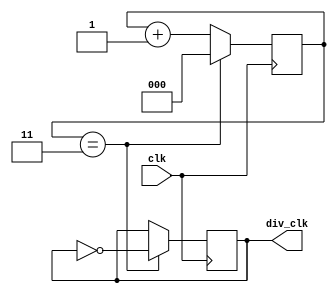
module ripple_counter (
    input wire clk,
    output reg div_clk
);

reg [2:0] count;

always @(posedge clk) begin
    if (count == 7'd3) begin
        count <= 0;
        div_clk <= ~div_clk;
    end else begin
        count <= count + 1'b1;
    end
end

endmodule